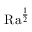
\mathrm { { R a } } ^ { \frac { 1 } { 2 } }